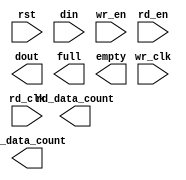
module fifo_xlnx_64x36_2clk(
	rst,
	wr_clk,
	rd_clk,
	din,
	wr_en,
	rd_en,
	dout,
	full,
	empty,
	rd_data_count,
	wr_data_count);


input rst;
input wr_clk;
input rd_clk;
input [35 : 0] din;
input wr_en;
input rd_en;
output [35 : 0] dout;
output full;
output empty;
output [6 : 0] rd_data_count;
output [6 : 0] wr_data_count;

// synthesis translate_off

      FIFO_GENERATOR_V6_1 #(
		.C_COMMON_CLOCK(0),
		.C_COUNT_TYPE(0),
		.C_DATA_COUNT_WIDTH(6),
		.C_DEFAULT_VALUE("BlankString"),
		.C_DIN_WIDTH(36),
		.C_DOUT_RST_VAL("0"),
		.C_DOUT_WIDTH(36),
		.C_ENABLE_RLOCS(0),
		.C_ENABLE_RST_SYNC(1),
		.C_ERROR_INJECTION_TYPE(0),
		.C_FAMILY("virtex6"),
		.C_FULL_FLAGS_RST_VAL(1),
		.C_HAS_ALMOST_EMPTY(0),
		.C_HAS_ALMOST_FULL(0),
		.C_HAS_BACKUP(0),
		.C_HAS_DATA_COUNT(0),
		.C_HAS_INT_CLK(0),
		.C_HAS_MEMINIT_FILE(0),
		.C_HAS_OVERFLOW(0),
		.C_HAS_RD_DATA_COUNT(1),
		.C_HAS_RD_RST(0),
		.C_HAS_RST(1),
		.C_HAS_SRST(0),
		.C_HAS_UNDERFLOW(0),
		.C_HAS_VALID(0),
		.C_HAS_WR_ACK(0),
		.C_HAS_WR_DATA_COUNT(1),
		.C_HAS_WR_RST(0),
		.C_IMPLEMENTATION_TYPE(2),
		.C_INIT_WR_PNTR_VAL(0),
		.C_MEMORY_TYPE(2),
		.C_MIF_FILE_NAME("BlankString"),
		.C_MSGON_VAL(1),
		.C_OPTIMIZATION_MODE(0),
		.C_OVERFLOW_LOW(0),
		.C_PRELOAD_LATENCY(0),
		.C_PRELOAD_REGS(1),
		.C_PRIM_FIFO_TYPE("512x36"),
		.C_PROG_EMPTY_THRESH_ASSERT_VAL(4),
		.C_PROG_EMPTY_THRESH_NEGATE_VAL(5),
		.C_PROG_EMPTY_TYPE(0),
		.C_PROG_FULL_THRESH_ASSERT_VAL(63),
		.C_PROG_FULL_THRESH_NEGATE_VAL(62),
		.C_PROG_FULL_TYPE(0),
		.C_RD_DATA_COUNT_WIDTH(7),
		.C_RD_DEPTH(64),
		.C_RD_FREQ(1),
		.C_RD_PNTR_WIDTH(6),
		.C_UNDERFLOW_LOW(0),
		.C_USE_DOUT_RST(1),
		.C_USE_ECC(0),
		.C_USE_EMBEDDED_REG(0),
		.C_USE_FIFO16_FLAGS(0),
		.C_USE_FWFT_DATA_COUNT(1),
		.C_VALID_LOW(0),
		.C_WR_ACK_LOW(0),
		.C_WR_DATA_COUNT_WIDTH(7),
		.C_WR_DEPTH(64),
		.C_WR_FREQ(1),
		.C_WR_PNTR_WIDTH(6),
		.C_WR_RESPONSE_LATENCY(1))
	inst (
		.RST(rst),
		.WR_CLK(wr_clk),
		.RD_CLK(rd_clk),
		.DIN(din),
		.WR_EN(wr_en),
		.RD_EN(rd_en),
		.DOUT(dout),
		.FULL(full),
		.EMPTY(empty),
		.RD_DATA_COUNT(rd_data_count),
		.WR_DATA_COUNT(wr_data_count),
		.BACKUP(),
		.BACKUP_MARKER(),
		.CLK(),
		.SRST(),
		.WR_RST(),
		.RD_RST(),
		.PROG_EMPTY_THRESH(),
		.PROG_EMPTY_THRESH_ASSERT(),
		.PROG_EMPTY_THRESH_NEGATE(),
		.PROG_FULL_THRESH(),
		.PROG_FULL_THRESH_ASSERT(),
		.PROG_FULL_THRESH_NEGATE(),
		.INT_CLK(),
		.INJECTDBITERR(),
		.INJECTSBITERR(),
		.ALMOST_FULL(),
		.WR_ACK(),
		.OVERFLOW(),
		.ALMOST_EMPTY(),
		.VALID(),
		.UNDERFLOW(),
		.DATA_COUNT(),
		.PROG_FULL(),
		.PROG_EMPTY(),
		.SBITERR(),
		.DBITERR());


// synthesis translate_on

// XST black box declaration
// box_type "black_box"
// synthesis attribute box_type of fifo_xlnx_64x36_2clk is "black_box"

endmodule